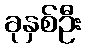
ခုနှစ်ဦး